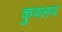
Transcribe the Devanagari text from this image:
कुवलय